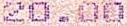
20.00